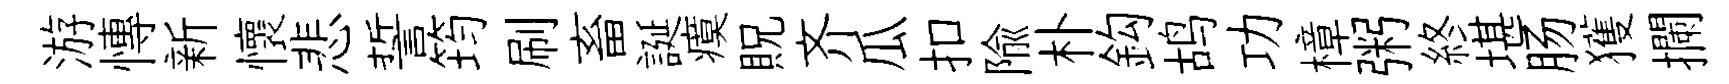
游慱新懷悲誓筠刷畜誕瘼貺齐瓜扣隃朴鈎鸪功樟粥終堪肠獲攔